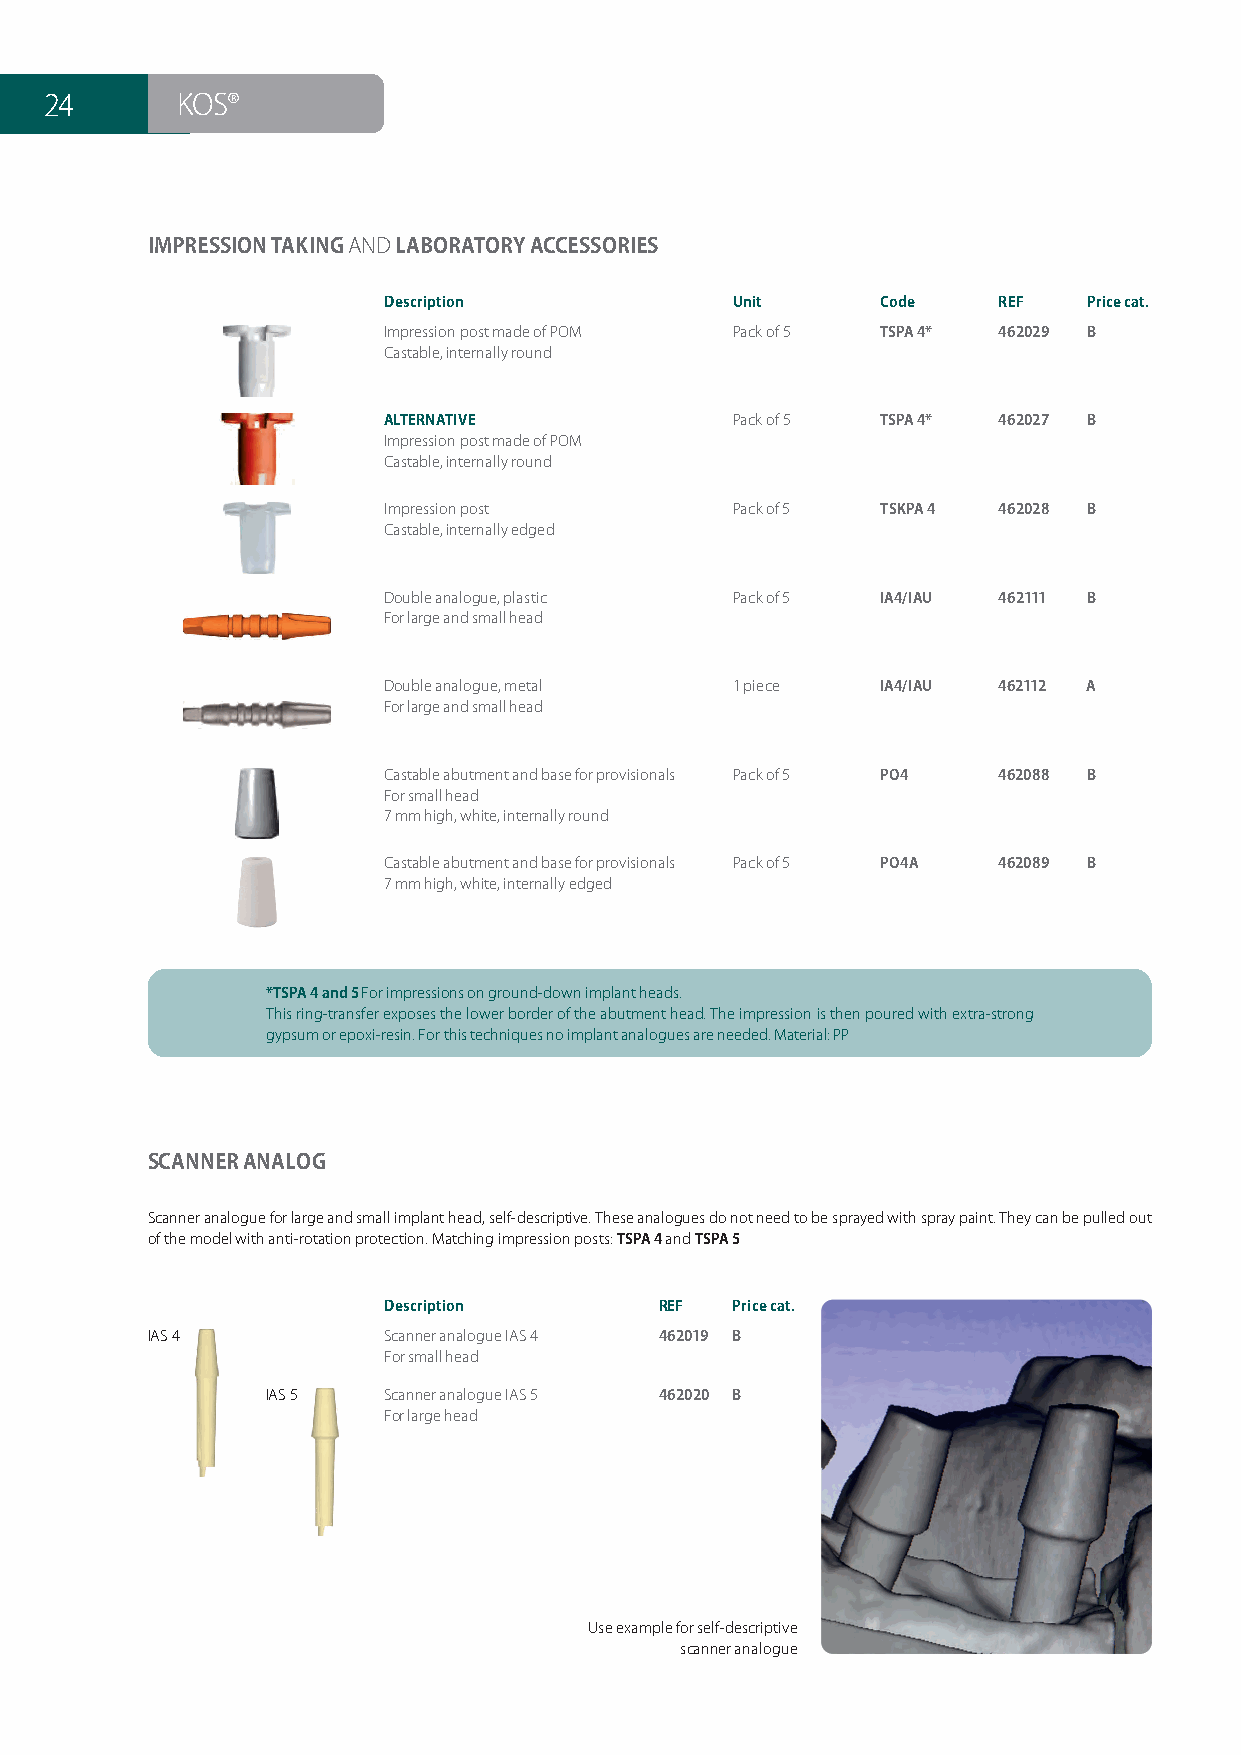
24       KOS®
 IMPRESSION TAKING AND LABORATORY ACCESSORIES
 Description            Unit      Code    REF   Price cat.
 Impression post made of POM Pack of 5 TSPA 4* 462029 B
 Castable, internally round
 ALTERNATIVE            Pack of 5 TSPA 4* 462027 B
 Impression post made of POM
 Castable, internally round
 Impression post        Pack of 5 TSKPA 4 462028 B
 Castable, internally edged
 Double analogue, plastic Pack of 5 IA4/IAU 462111 B
 For large and small head
 Double analogue, metal 1 piece   IA4/IAU 462112 A
 For large and small head
 Castable abutment and base for provisionals Pack of 5 PO4 462088 B
 For small head
 7 mm high, white, internally round
 Castable abutment and base for provisionals Pack of 5 PO4A 462089 B
 7 mm high, white, internally edged
 *TSPA 4 and 5 For impressions on ground-down implant heads.
 This ring-transfer exposes the lower border of the abutment head. The impression is then poured with extra-strong
 gypsum or epoxi-resin. For this techniques no implant analogues are needed. Material: PP
 SCANNER ANALOG
 Scanner analogue for large and small implant head, self-descriptive. These analogues do not need to be sprayed with spray paint. They can be pulled out
 of the model with anti-rotation protection. Matching impression posts: TSPA 4 and TSPA 5
 Description        REF Price cat.
 IAS 4          Scanner analogue IAS 4 462019 B
 For small head
 IAS 5  Scanner analogue IAS 5 462020 B
 For large head
 Use example for self-descriptive
 scanner analogue